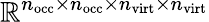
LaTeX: \mathbb{R}^{n_{\mathrm{occ}}\times n_{\mathrm{occ}}\times n_{\mathrm{virt}}\times n_{\mathrm{virt}}}